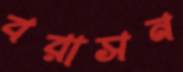
বরাসন